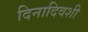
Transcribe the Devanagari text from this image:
दिनादिवशी